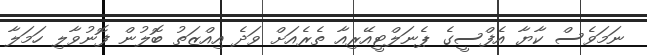
ނަމަވެސް ކާޔާ އެފްސީގެ ޕެނަލްޓީއޭރިއާ ތެރެއަށް ވަދެ އިއްޒަތު ބޮލުން ފޮނުވާލި ހަމަލާ